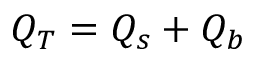
Q _ { T } = Q _ { s } + Q _ { b }